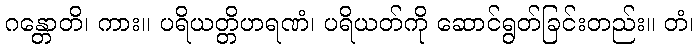
ဂန္တောတိ၊ ကား။ ပရိယတ္တိဟရဏံ၊ ပရိယတ်ကို ဆောင်ရွတ်ခြင်းတည်း။ တံ၊